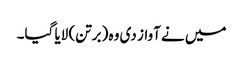
میں نے آواز دی وہ (برتن) لایا گیا۔